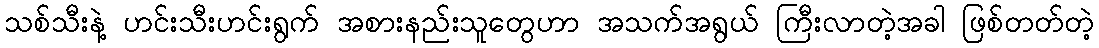
သစ်သီးနဲ့ ဟင်းသီးဟင်းရွက် အစားနည်းသူတွေဟာ အသက်အရွယ် ကြီးလာတဲ့အခါ ဖြစ်တတ်တဲ့